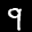
Label: 9